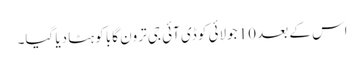
اس کے بعد 10 جولائی کو ڈی آئی جی ترون گابا کو ہٹا دیا گیا۔